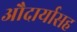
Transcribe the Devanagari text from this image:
औदार्यासह